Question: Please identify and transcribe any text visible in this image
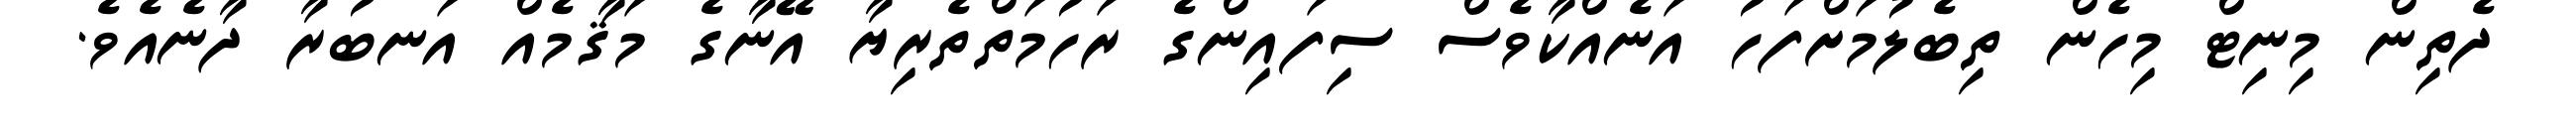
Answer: ދެތިން މިނިޓް މިހެން ތިބެލުމަށްފަހު އަނެއްކާވެސް ސިފައިންގެ ރަހުމަތްތެރިޔާ އޭނާގެ މަޤާމެއް އަނބުރާ ދާނެއެވެ.